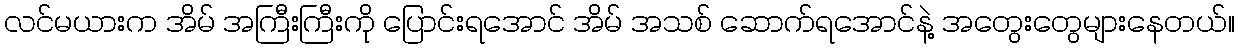
လင်မယားက အိမ် အကြီးကြီးကို ပြောင်းရအောင် အိမ် အသစ် ဆောက်ရအောင်နဲ့ အတွေးတွေများနေတယ်။